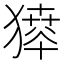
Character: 𤡶